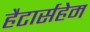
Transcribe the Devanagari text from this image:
हैटार्सहेम